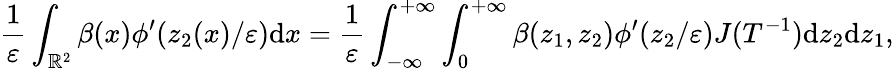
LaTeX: \frac{1}{\varepsilon}\int_{\mathbb{R}^{2}}\beta(x)\phi^{\prime}(z_{2}(x)/\varepsilon)\textrm{d}x=\frac{1}{\varepsilon}\int_{-\infty}^{+\infty}\int_{0}^{+\infty}\beta(z_{1},z_{2})\phi^{\prime}(z_{2}/\varepsilon)J(T^{-1})\textrm{d}z_{2}\textrm{d}z_{1},